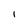
Character: I